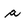
Character: a